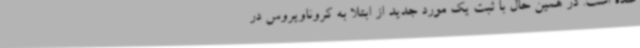
شده است. در همین حال با ثبت یک مورد جدید از ابتلا به کروناویروس در